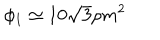
\phi _ { 1 } \simeq 1 0 \sqrt { 3 } \rho m ^ { 2 }